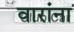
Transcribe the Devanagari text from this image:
वारांना